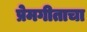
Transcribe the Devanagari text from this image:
प्रेमगीताचा